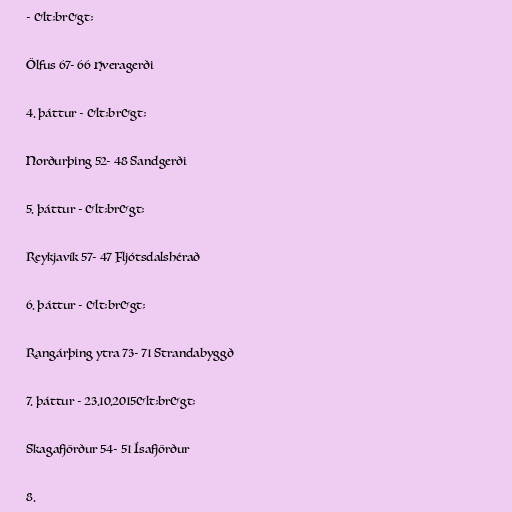
- &lt;br&gt;

Ölfus 67- 66 Hveragerði

4. þáttur - &lt;br&gt;

Norðurþing 52- 48 Sandgerði

5. þáttur - &lt;br&gt;

Reykjavík 57- 47 Fljótsdalshérað

6. þáttur - &lt;br&gt;

Rangárþing ytra 73- 71 Strandabyggð

7. þáttur - 23.10.2015&lt;br&gt;

Skagafjörður 54- 51 Ísafjörður

8.